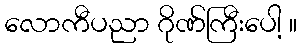
လောကီပညာ ဂိုဏ်ကြီးပေါ့ ။